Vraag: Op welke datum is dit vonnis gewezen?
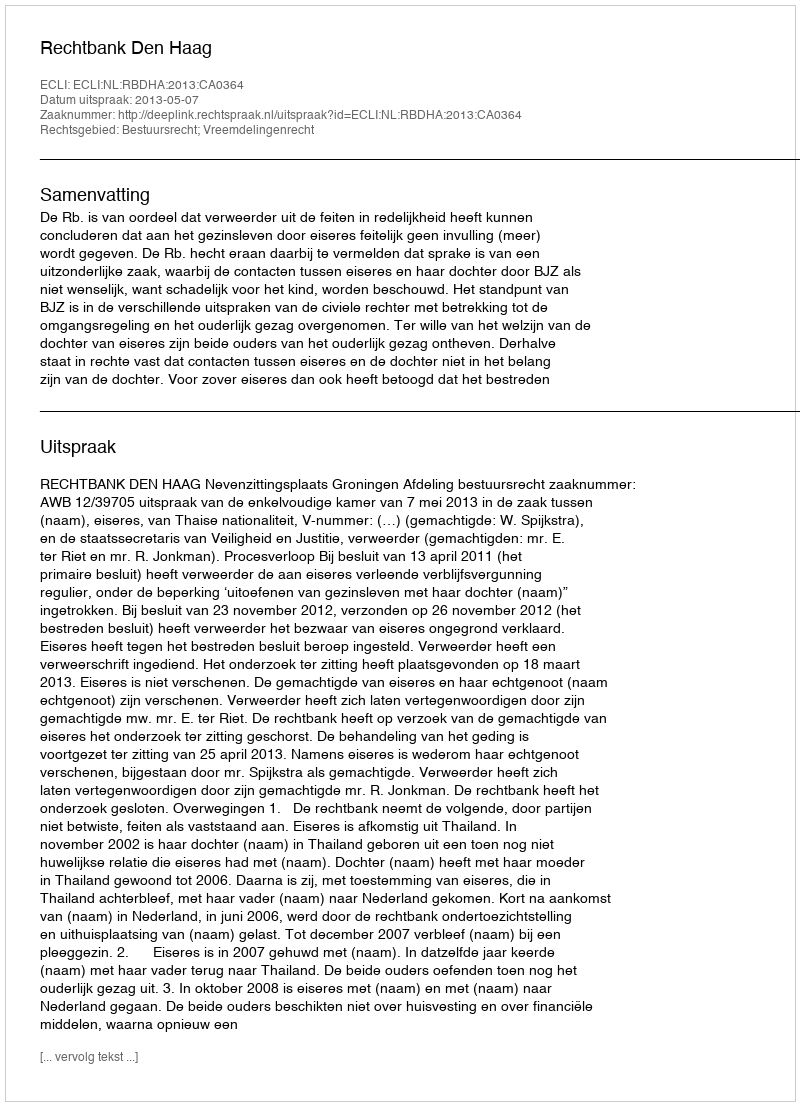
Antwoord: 2013-05-07